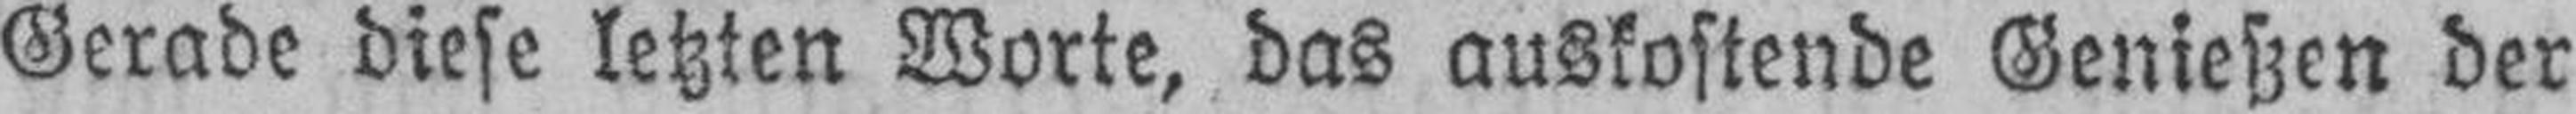
Gerade diese letzten Worte, das auskostende Genießen der